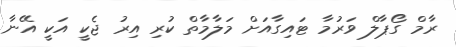
ރާމް ގޯޕާލް ވަރުމާ ޓައިގާއަށް މަލާމާތް ކުރި އިރު ޖެކީ އަކީ އޭނާ